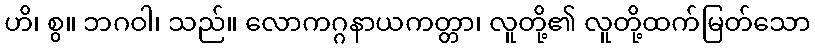
ဟိ၊ စွ။ ဘဂဝါ၊ သည်။ လောကဂ္ဂနာယကတ္တာ၊ လူတို့၏ လူတို့ထက်မြတ်သော